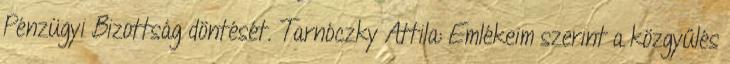
Pénzügyi Bizottság döntését. Tarnóczky Attila: Emlékeim szerint a közgyűlés